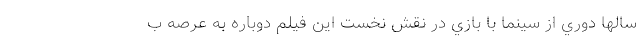
سالها دوري از سينما با بازي در نقش نخست اين فيلم دوباره به عرصه ب